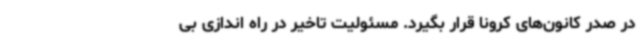
در صدر کانون‌های کرونا قرار بگیرد. مسئولیت تاخیر در راه اندازی بی